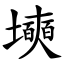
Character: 㙽